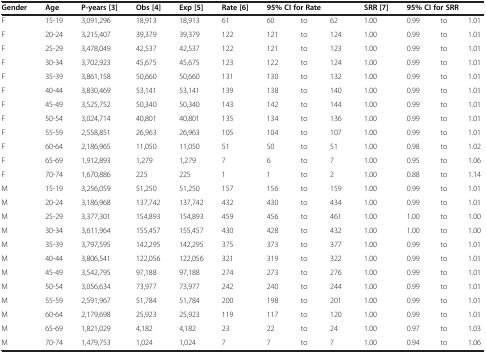
<table><thead><tr><td><b>Gender</b></td><td><b>Age</b></td><td><b>P-years [3]</b></td><td><b>Obs [4]</b></td><td><b>Exp [5]</b></td><td><b>Rate [6]</b></td><td colspan="3"><b>95% CI for Rate</b></td><td><b>SRR [7]</b></td><td colspan="3"><b>95% CI for SRR</b></td></tr></thead><tbody><tr><td>F</td><td>15-19</td><td>3,091,296</td><td>18,913</td><td>18,913</td><td>61</td><td>60</td><td>to</td><td>62</td><td>1.00</td><td>0.99</td><td>to</td><td>1.01</td></tr><tr><td>F</td><td>20-24</td><td>3,215,407</td><td>39,379</td><td>39,379</td><td>122</td><td>121</td><td>to</td><td>124</td><td>1.00</td><td>0.99</td><td>to</td><td>1.01</td></tr><tr><td>F</td><td>25-29</td><td>3,478,049</td><td>42,537</td><td>42,537</td><td>122</td><td>121</td><td>to</td><td>123</td><td>1.00</td><td>0.99</td><td>to</td><td>1.01</td></tr><tr><td>F</td><td>30-34</td><td>3,702,923</td><td>45,675</td><td>45,675</td><td>123</td><td>122</td><td>to</td><td>124</td><td>1.00</td><td>0.99</td><td>to</td><td>1.01</td></tr><tr><td>F</td><td>35-39</td><td>3,861,158</td><td>50,660</td><td>50,660</td><td>131</td><td>130</td><td>to</td><td>132</td><td>1.00</td><td>0.99</td><td>to</td><td>1.01</td></tr><tr><td>F</td><td>40-44</td><td>3,830,469</td><td>53,141</td><td>53,141</td><td>139</td><td>138</td><td>to</td><td>140</td><td>1.00</td><td>0.99</td><td>to</td><td>1.01</td></tr><tr><td>F</td><td>45-49</td><td>3,525,752</td><td>50,340</td><td>50,340</td><td>143</td><td>142</td><td>to</td><td>144</td><td>1.00</td><td>0.99</td><td>to</td><td>1.01</td></tr><tr><td>F</td><td>50-54</td><td>3,024,714</td><td>40,801</td><td>40,801</td><td>135</td><td>134</td><td>to</td><td>136</td><td>1.00</td><td>0.99</td><td>to</td><td>1.01</td></tr><tr><td>F</td><td>55-59</td><td>2,558,851</td><td>26,963</td><td>26,963</td><td>105</td><td>104</td><td>to</td><td>107</td><td>1.00</td><td>0.99</td><td>to</td><td>1.01</td></tr><tr><td>F</td><td>60-64</td><td>2,186,965</td><td>11,050</td><td>11,050</td><td>51</td><td>50</td><td>to</td><td>51</td><td>1.00</td><td>0.98</td><td>to</td><td>1.02</td></tr><tr><td>F</td><td>65-69</td><td>1,912,893</td><td>1,279</td><td>1,279</td><td>7</td><td>6</td><td>to</td><td>7</td><td>1.00</td><td>0.95</td><td>to</td><td>1.06</td></tr><tr><td>F</td><td>70-74</td><td>1,670,886</td><td>225</td><td>225</td><td>1</td><td>1</td><td>to</td><td>2</td><td>1.00</td><td>0.88</td><td>to</td><td>1.14</td></tr><tr><td>M</td><td>15-19</td><td>3,256,059</td><td>51,250</td><td>51,250</td><td>157</td><td>156</td><td>to</td><td>159</td><td>1.00</td><td>0.99</td><td>to</td><td>1.01</td></tr><tr><td>M</td><td>20-24</td><td>3,186,968</td><td>137,742</td><td>137,742</td><td>432</td><td>430</td><td>to</td><td>434</td><td>1.00</td><td>0.99</td><td>to</td><td>1.01</td></tr><tr><td>M</td><td>25-29</td><td>3,377,301</td><td>154,893</td><td>154,893</td><td>459</td><td>456</td><td>to</td><td>461</td><td>1.00</td><td>1.00</td><td>to</td><td>1.00</td></tr><tr><td>M</td><td>30-34</td><td>3,611,964</td><td>155,457</td><td>155,457</td><td>430</td><td>428</td><td>to</td><td>432</td><td>1.00</td><td>1.00</td><td>to</td><td>1.00</td></tr><tr><td>M</td><td>35-39</td><td>3,797,595</td><td>142,295</td><td>142,295</td><td>375</td><td>373</td><td>to</td><td>377</td><td>1.00</td><td>0.99</td><td>to</td><td>1.01</td></tr><tr><td>M</td><td>40-44</td><td>3,806,541</td><td>122,056</td><td>122,056</td><td>321</td><td>319</td><td>to</td><td>322</td><td>1.00</td><td>0.99</td><td>to</td><td>1.01</td></tr><tr><td>M</td><td>45-49</td><td>3,542,795</td><td>97,188</td><td>97,188</td><td>274</td><td>273</td><td>to</td><td>276</td><td>1.00</td><td>0.99</td><td>to</td><td>1.01</td></tr><tr><td>M</td><td>50-54</td><td>3,056,634</td><td>73,977</td><td>73,977</td><td>242</td><td>240</td><td>to</td><td>244</td><td>1.00</td><td>0.99</td><td>to</td><td>1.01</td></tr><tr><td>M</td><td>55-59</td><td>2,591,967</td><td>51,784</td><td>51,784</td><td>200</td><td>198</td><td>to</td><td>201</td><td>1.00</td><td>0.99</td><td>to</td><td>1.01</td></tr><tr><td>M</td><td>60-64</td><td>2,179,698</td><td>25,923</td><td>25,923</td><td>119</td><td>117</td><td>to</td><td>120</td><td>1.00</td><td>0.99</td><td>to</td><td>1.01</td></tr><tr><td>M</td><td>65-69</td><td>1,821,029</td><td>4,182</td><td>4,182</td><td>23</td><td>22</td><td>to</td><td>24</td><td>1.00</td><td>0.97</td><td>to</td><td>1.03</td></tr><tr><td>M</td><td>70-74</td><td>1,479,753</td><td>1,024</td><td>1,024</td><td>7</td><td>7</td><td>to</td><td>7</td><td>1.00</td><td>0.94</td><td>to</td><td>1.06</td></tr></tbody></table>